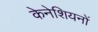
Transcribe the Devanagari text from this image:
केनेशियनों